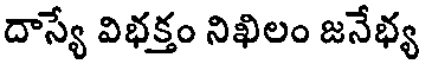
దాస్యే విభక్తం నిఖిలం జనేభ్య